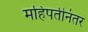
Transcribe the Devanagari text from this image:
महिपतीनंतर